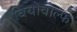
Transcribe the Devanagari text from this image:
बियोवोल्फ